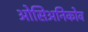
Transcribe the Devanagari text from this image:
ओसिअनिकोव